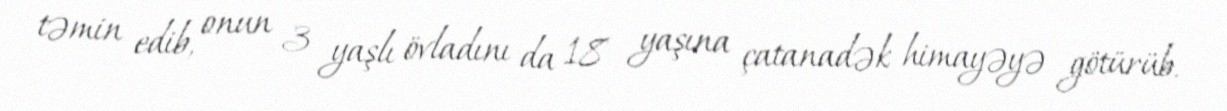
təmin edib, onun 3 yaşlı övladını da 18 yaşına çatanadək himayəyə götürüb.